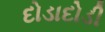
દોડાદોડી